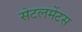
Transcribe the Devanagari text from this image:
सेटलमेंटस